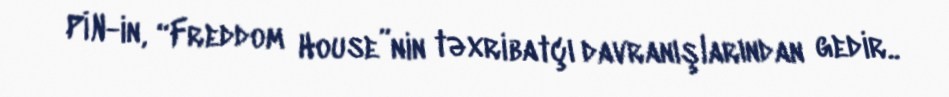
PİN-in, “Freddom House”nin təxribatçı davranışlarından gedir..